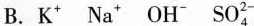
B.K ^{+} Na^{+} OH^{-} SO_{4}^{2-}